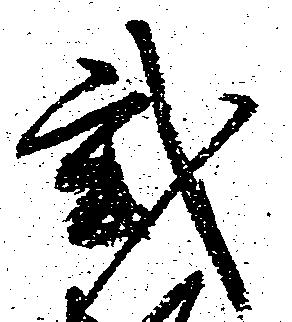
弐